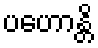
ပဟောန္တိ